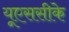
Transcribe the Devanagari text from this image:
यूएससीके